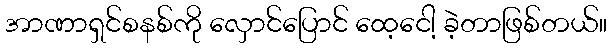
အာဏာရှင်စနစ်ကို လှောင်ပြောင် ထေ့ငေါ့ ခဲ့တာဖြစ်တယ်။